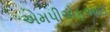
એમપીએફઆઇ